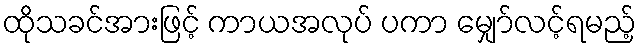
ထိုသခင်အားဖြင့် ကာယအလုပ် ပကာ မျှော်လင့်ရမည့်